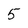
Character: 5